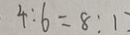
4 : 6 = 8 : 1